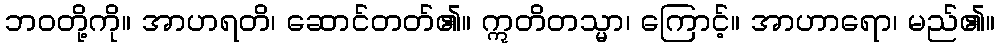
ဘဝတို့ကို။ အာဟရတိ၊ ဆောင်တတ်၏။ ဣတိတသ္မာ၊ ကြောင့်။ အာဟာရော၊ မည်၏။